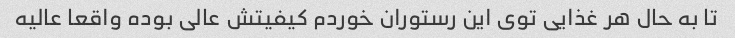
تا به حال هر غذایی توی این رستوران خوردم کیفیتش عالی بوده واقعا عالیه